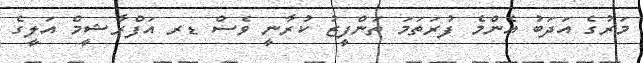
މަރުގެ އަދަބު އެންމެ ފުރަތަމަ ތަންފީޒު ކުރާނީ ވެސް ޑރ އަފްރާޝީމް އަލީގެ